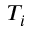
T _ { i }